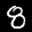
Label: 8